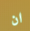
ان